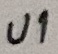
Text: U1